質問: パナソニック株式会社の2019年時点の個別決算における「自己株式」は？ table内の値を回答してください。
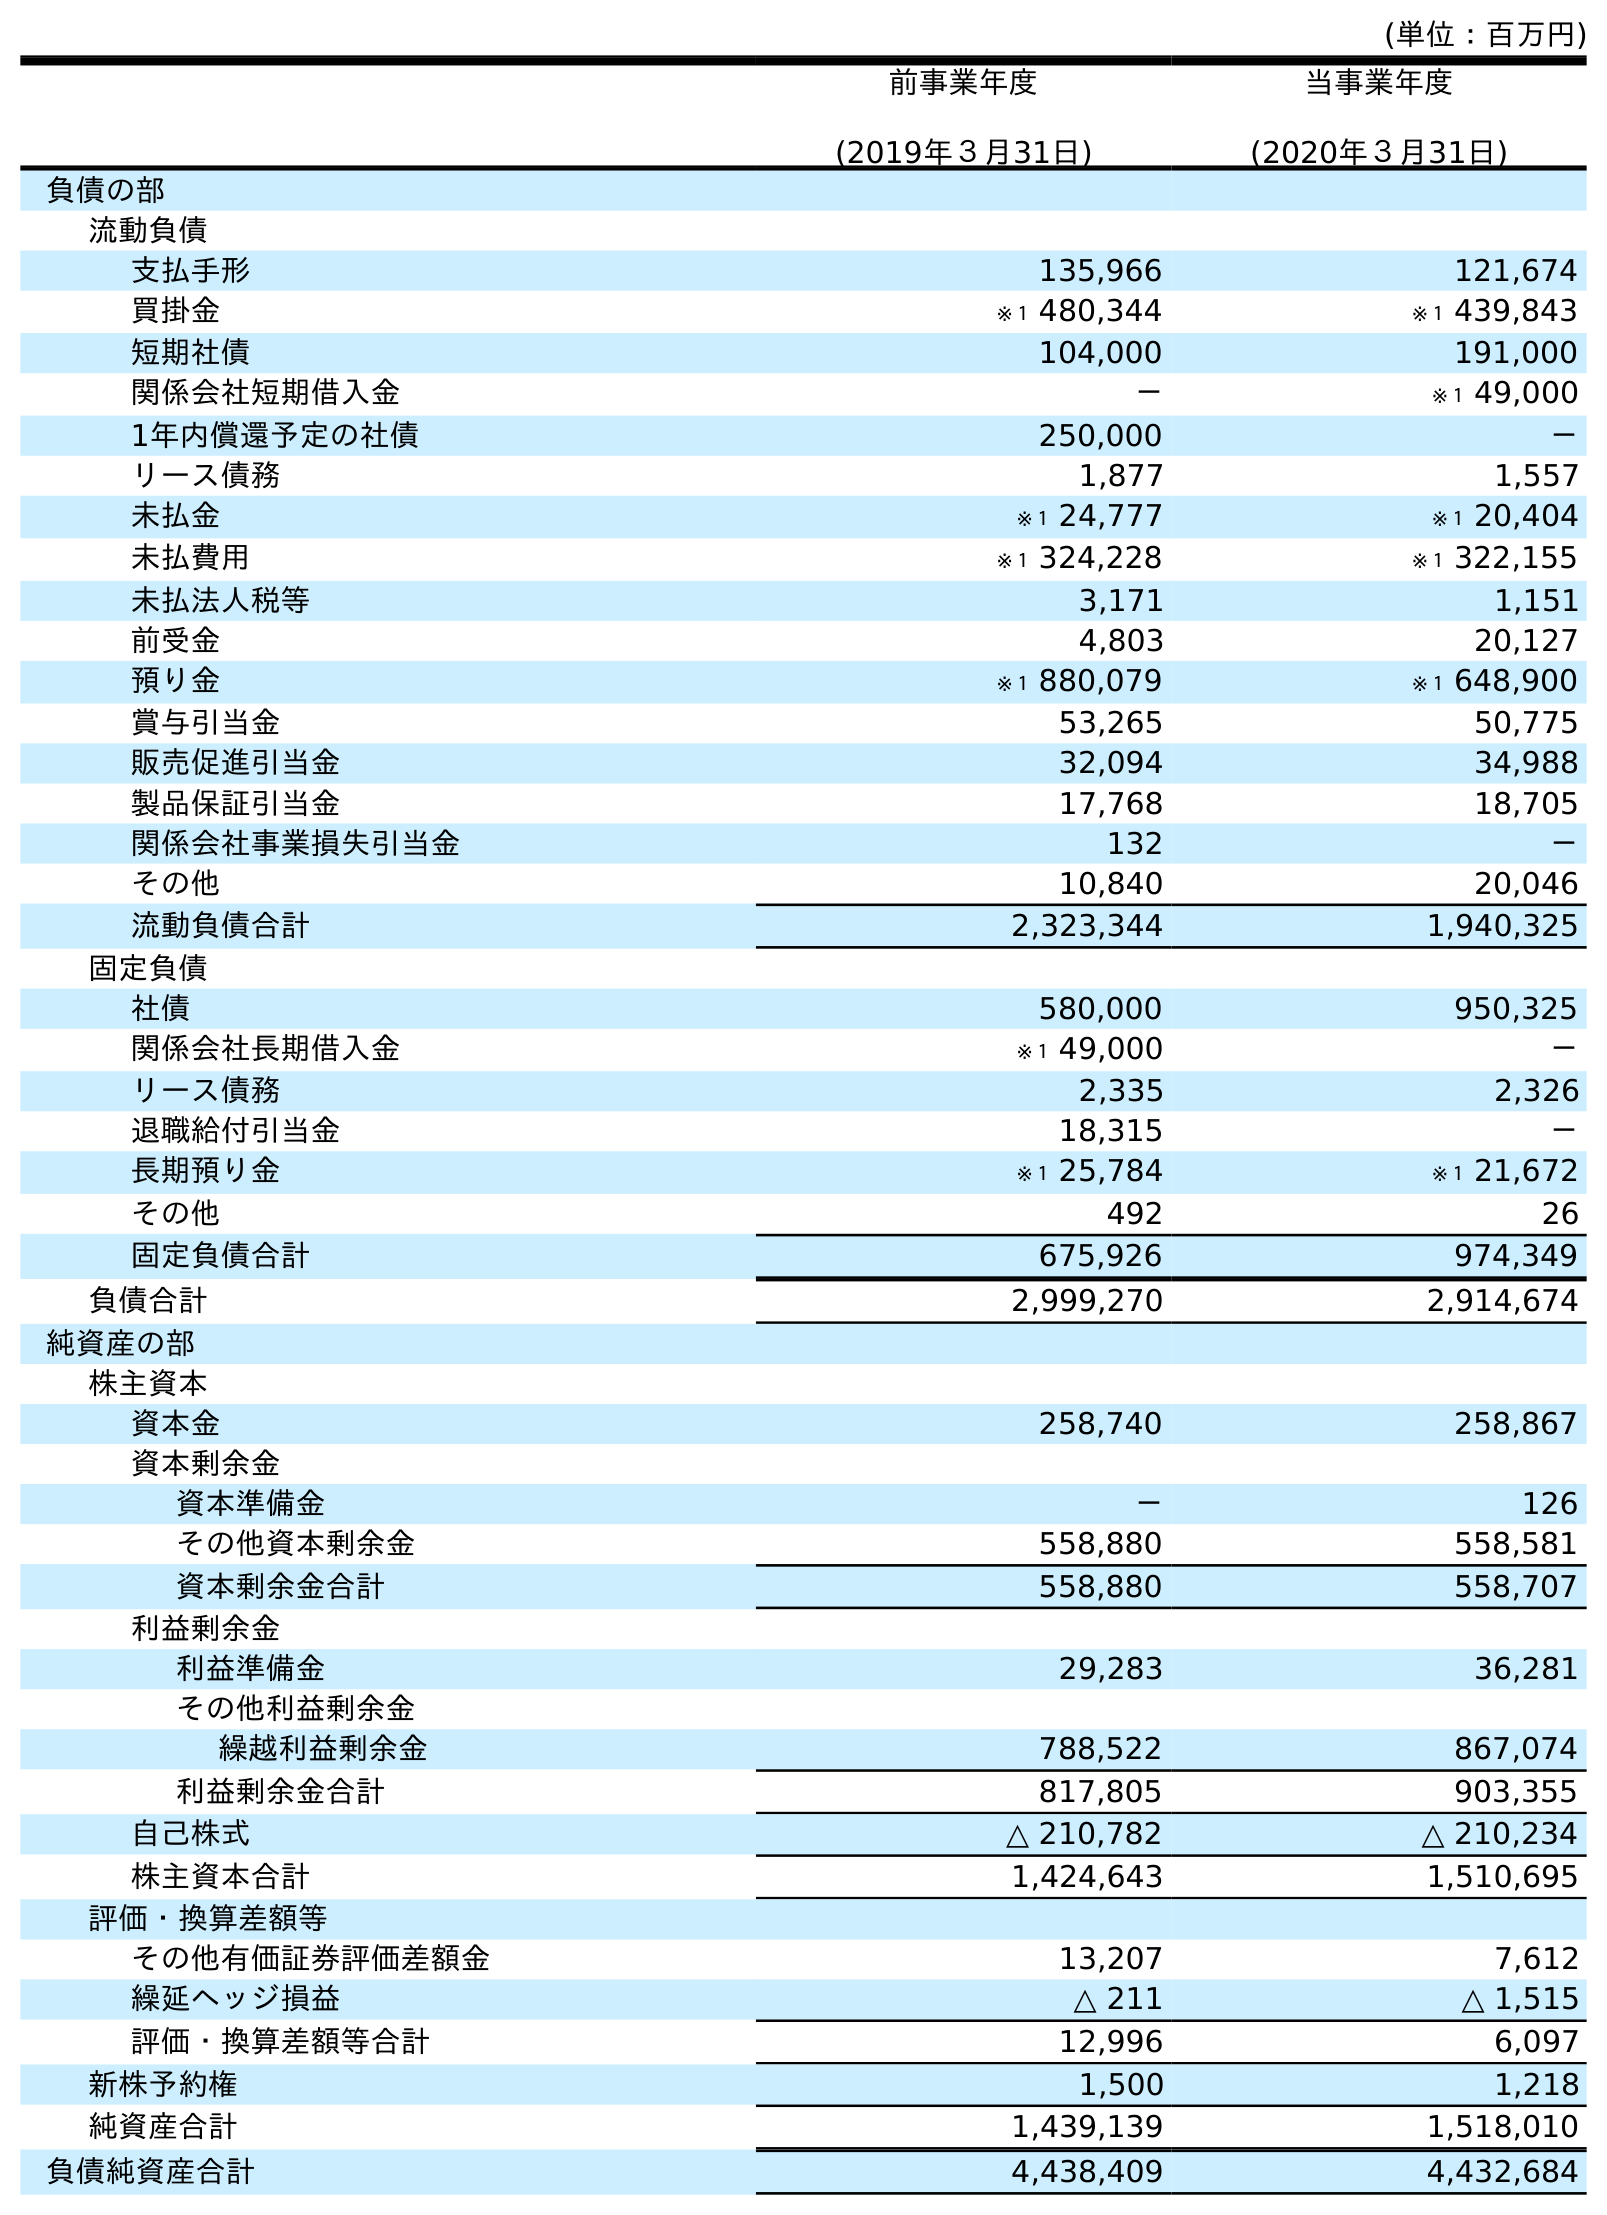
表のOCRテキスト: (単位：百万円) 前事業年度 (2019年３月31日) 当事業年度 (2020年３月31日) 負債の部 流動負債 支払手形 135,966 121,674 買掛金 ※１ 480,344 ※１ 439,843 短期社債 104,000 191,000 関係会社短期借入金 － ※１ 49,000 1年内償還予定の社債 250,000 － リース債務 1,877 1,557 未払金 ※１ 24,777 ※１ 20,404 未払費用 ※１ 324,228 ※１ 322,155 未払法人税等 3,171 1,151 前受金 4,803 20,127 預り金 ※１ 880,079 ※１ 648,900 賞与引当金 53,265 50,775 販売促進引当金 32,094 34,988 製品保証引当金 17,768 18,705 関係会社事業損失引当金 132 － その他 10,840 20,046 流動負債合計 2,323,344 1,940,325 固定負債 社債 580,000 950,325 関係会社長期借入金 ※１ 49,000 － リース債務 2,335 2,326 退職給付引当金 18,315 － 長期預り金 ※１ 25,784 ※１ 21,672 その他 492 26 固定負債合計 675,926 974,349 負債合計 2,999,270 2,914,674 純資産の部 株主資本 資本金 258,740 258,867 資本剰余金 資本準備金 － 126 その他資本剰余金 558,880 558,581 資本剰余金合計 558,880 558,707 利益剰余金 利益準備金 29,283 36,281 その他利益剰余金 繰越利益剰余金 788,522 867,074 利益剰余金合計 817,805 903,355 自己株式 △ 210,782 △ 210,234 株主資本合計 1,424,643 1,510,695 評価・換算差額等 その他有価証券評価差額金 13,207 7,612 繰延ヘッジ損益 △ 211 △ 1,515 評価・換算差額等合計 12,996 6,097 新株予約権 1,500 1,218 純資産合計 1,439,139 1,518,010 負債純資産合計 4,438,409 4,432,684
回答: △210,782